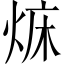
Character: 𤉜